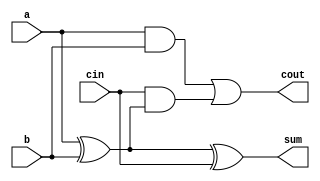
//1-bit full adder
module fa_1b(cout,sum,a,b,cin);
output sum, cout;
input a, b, cin;
wire t0, t1, t2;

xor (t0,  a,  b);
xor (sum, t0, cin);

and (t1,  a,   b);
and (t2,  cin, t0);
or (cout, t1,  t2);
endmodule

// 2-bit full adder
module fa_2b( o_cout, o_sum, i_dataA, i_dataB, i_cin);
  output[1:0] o_sum;
  output o_cout;
  input[1:0] i_dataA, i_dataB;
  input i_cin;
  
  wire t0;  
  fa_1b a0 (.cout(t0),     .sum(o_sum[0]),  .a(i_dataA[0]), .b(i_dataB[0]), .cin(i_cin));
  fa_1b a1 (.cout(o_cout), .sum(o_sum[1]),  .a(i_dataA[1]), .b(i_dataB[1]), .cin(t0));
endmodule

// 4-bit full adder
module fa_4b( o_cout, o_sum, i_dataA, i_dataB, i_cin);
  output[3:0] o_sum;
  output o_cout;
  input[3:0] i_dataA, i_dataB;
  input i_cin;
  
  wire t0, t1, t2;  
  fa_1b a0 (.cout(t0),     .sum(o_sum[0]),  .a(i_dataA[0]), .b(i_dataB[0]), .cin(i_cin));
  fa_1b a1 (.cout(t1),     .sum(o_sum[1]),  .a(i_dataA[1]), .b(i_dataB[1]), .cin(t0));
  fa_1b a2 (.cout(t2),     .sum(o_sum[2]),  .a(i_dataA[2]), .b(i_dataB[2]), .cin(t1));
  fa_1b a3 (.cout(o_cout), .sum(o_sum[3]),  .a(i_dataA[3]), .b(i_dataB[3]), .cin(t2));
endmodule

// 8-bit full adder
module fa_8b( o_cout, o_sum, i_dataA, i_dataB, i_cin);
  output[7:0] o_sum;
  output o_cout;
  input[7:0] i_dataA, i_dataB;
  input i_cin;
  
  wire[6:0] t;  
  fa_1b a0 (.cout(t[0]),   .sum(o_sum[0]),  .a(i_dataA[0]), .b(i_dataB[0]), .cin(i_cin));
  fa_1b a1 (.cout(t[1]),   .sum(o_sum[1]),  .a(i_dataA[1]), .b(i_dataB[1]), .cin(t[0]));
  fa_1b a2 (.cout(t[2]),   .sum(o_sum[2]),  .a(i_dataA[2]), .b(i_dataB[2]), .cin(t[1]));
  fa_1b a3 (.cout(t[3]),   .sum(o_sum[3]),  .a(i_dataA[3]), .b(i_dataB[3]), .cin(t[2]));
  fa_1b a4 (.cout(t[4]),   .sum(o_sum[4]),  .a(i_dataA[4]), .b(i_dataB[4]), .cin(t[3]));
  fa_1b a5 (.cout(t[5]),   .sum(o_sum[5]),  .a(i_dataA[5]), .b(i_dataB[5]), .cin(t[4]));
  fa_1b a6 (.cout(t[6]),   .sum(o_sum[6]),  .a(i_dataA[6]), .b(i_dataB[6]), .cin(t[5]));
  fa_1b a7 (.cout(o_cout), .sum(o_sum[7]),  .a(i_dataA[7]), .b(i_dataB[7]), .cin(t[6]));
endmodule


// 16-bit full adder
module fa_16b( o_cout, o_sum, i_dataA, i_dataB, i_cin);
  output[15:0] o_sum;
  output o_cout;
  input[15:0] i_dataA, i_dataB;
  input i_cin;
  
  wire tmp;  
  fa_8b a0 (.o_cout(tmp),    .o_sum(o_sum[7:0]),  .i_dataA(i_dataA[7:0]),  .i_dataB(i_dataB[7:0]),  .i_cin(i_cin));
  fa_8b a1 (.o_cout(o_cout), .o_sum(o_sum[15:8]), .i_dataA(i_dataA[15:8]), .i_dataB(i_dataB[15:8]), .i_cin(tmp));
endmodule

// 32-bit full adder
module fa_32b( o_cout, o_sum, i_dataA, i_dataB, i_cin);
  output[31:0] o_sum;
  output o_cout;
  input[31:0] i_dataA, i_dataB;
  input i_cin;
  
  wire tmp;  
  fa_16b a0 (.o_cout(tmp),    .o_sum(o_sum[15:0]),  .i_dataA(i_dataA[15:0]),  .i_dataB(i_dataB[15:0]),  .i_cin(i_cin));
  fa_16b a1 (.o_cout(o_cout), .o_sum(o_sum[31:16]), .i_dataA(i_dataA[31:16]), .i_dataB(i_dataB[31:16]), .i_cin(tmp));
endmodule